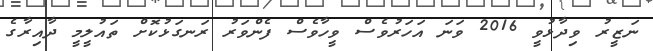
ނަޒީރު ވިދާޅުވީ 2016 ވަނަ އަަހަރުވެސް ވީހާވެސް ފެންވަރު ރަނގަޅުކޮށް ތައުލީމީ ދާއިރާގެ